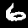
Label: 6